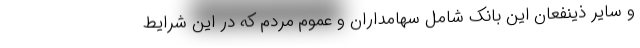
و سایر ذینفعان این بانک شامل سهامداران و عموم مردم که در این شرایط